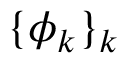
\{ \phi _ { k } \} _ { k }